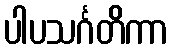
ပါပသင်္ဂတိကာ